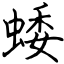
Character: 蜲